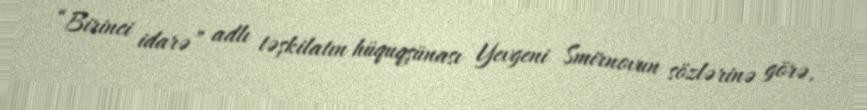
“Birinci idarə” adlı təşkilatın hüquqşünası Yevgeni Smirnovun sözlərinə görə,